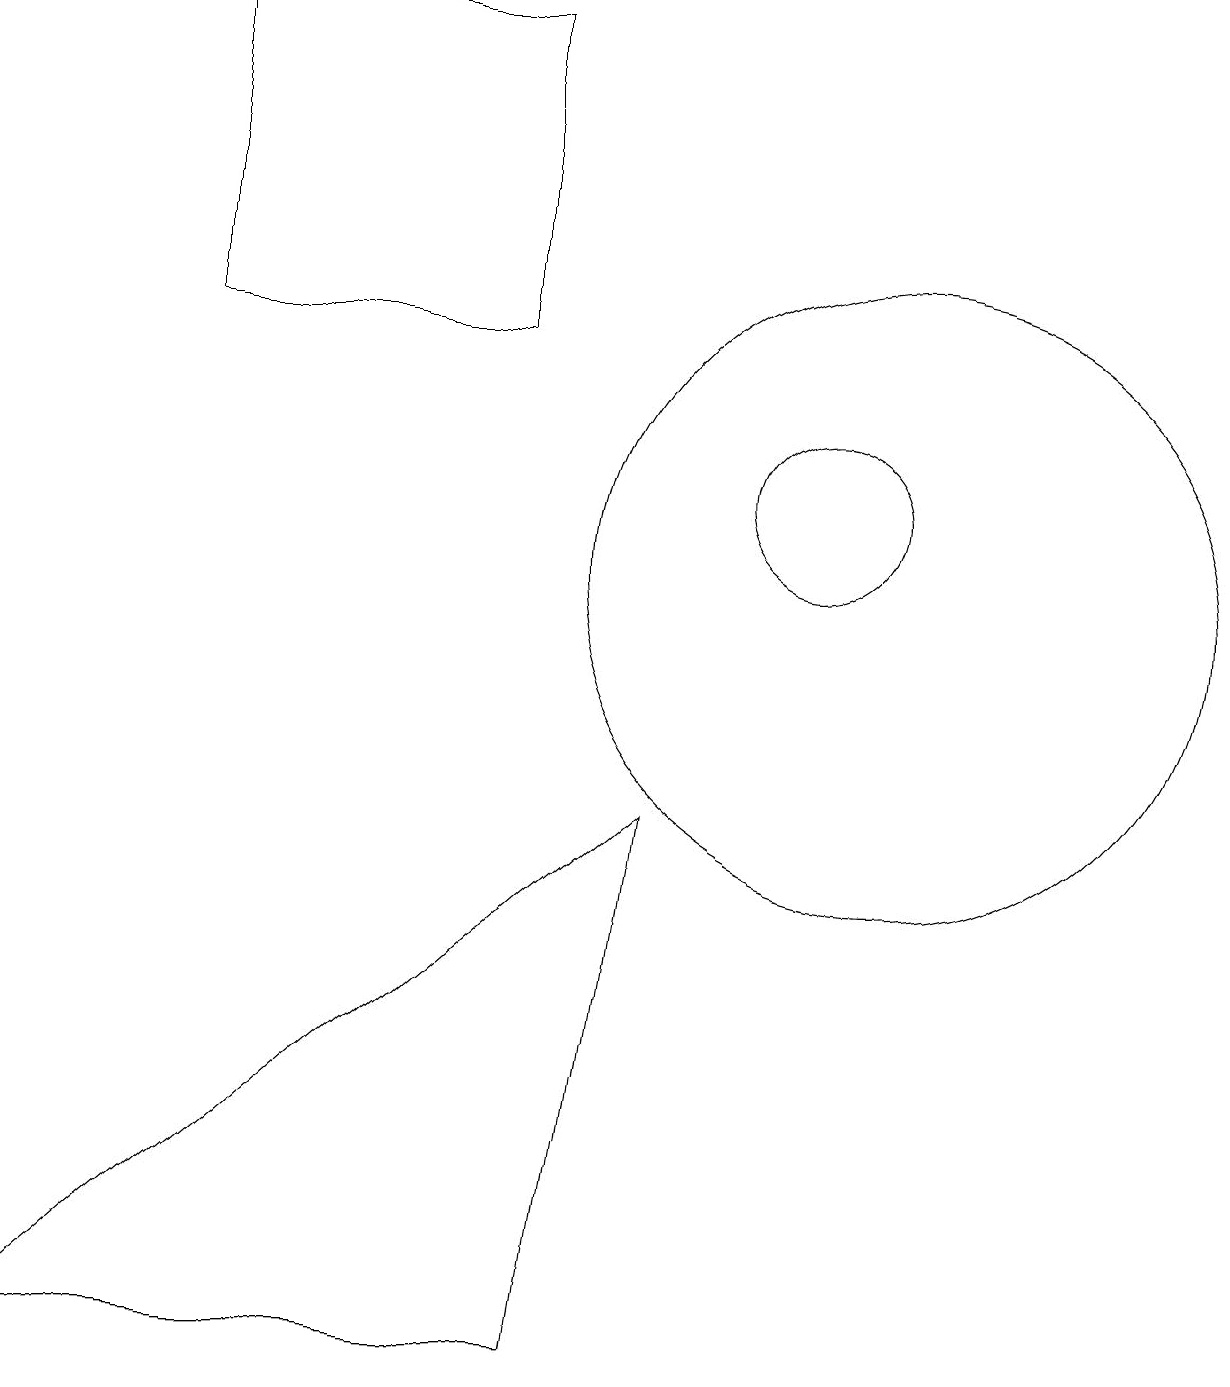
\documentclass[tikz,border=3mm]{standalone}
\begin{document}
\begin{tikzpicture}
\draw (3,14) rectangle (7,18);
\draw (9,8) -- (1,1) -- (8,1) -- cycle;
\draw (12,11) circle (4);
\draw (11,12) circle (1);
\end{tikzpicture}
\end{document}